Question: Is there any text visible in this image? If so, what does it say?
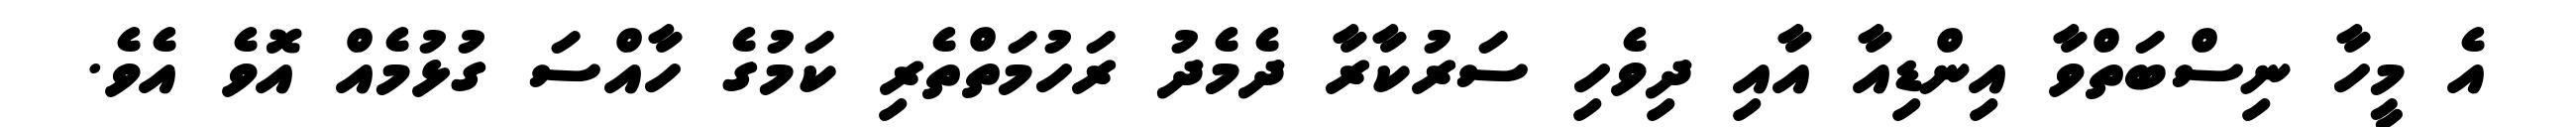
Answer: އެ މީހާ ނިސްބަތްވާ އިންޑިއާ އާއި ދިވެހި ސަރުކާރާ ދެމެދު ރަހުމަތްތެރި ކަމުގެ ހާއްސަ ގުޅުމެއް އޮވެ އެވެ.